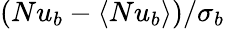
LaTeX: (Nu_{b}-\langle Nu_{b}\rangle)/\sigma_{b}